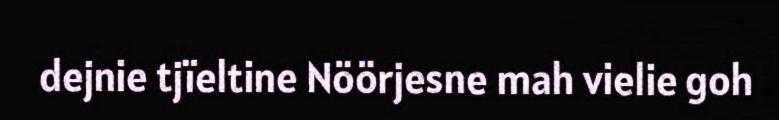
dejnie tjïeltine Nöörjesne mah vielie goh